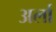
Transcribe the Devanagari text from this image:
अर्ला